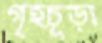
গৃহচূড়া